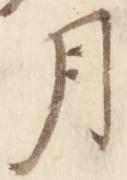
月